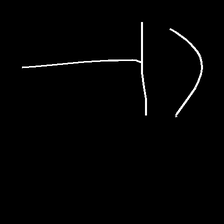
Glyph: dispersion